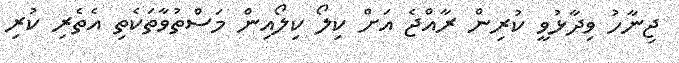
ޖިނާހު ވިދާޅުވީ ކުރިން ރާއްޖެ އަށް ކިލޯ ކިލޯއިން މަސްތުވާތަކެތި އެތެރި ކުރި